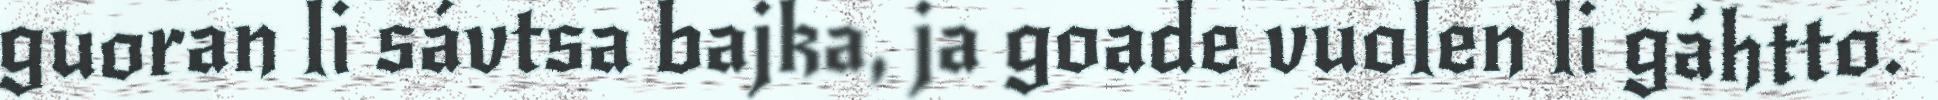
guoran li sávtsa bajka, ja goade vuolen li gáhtto.